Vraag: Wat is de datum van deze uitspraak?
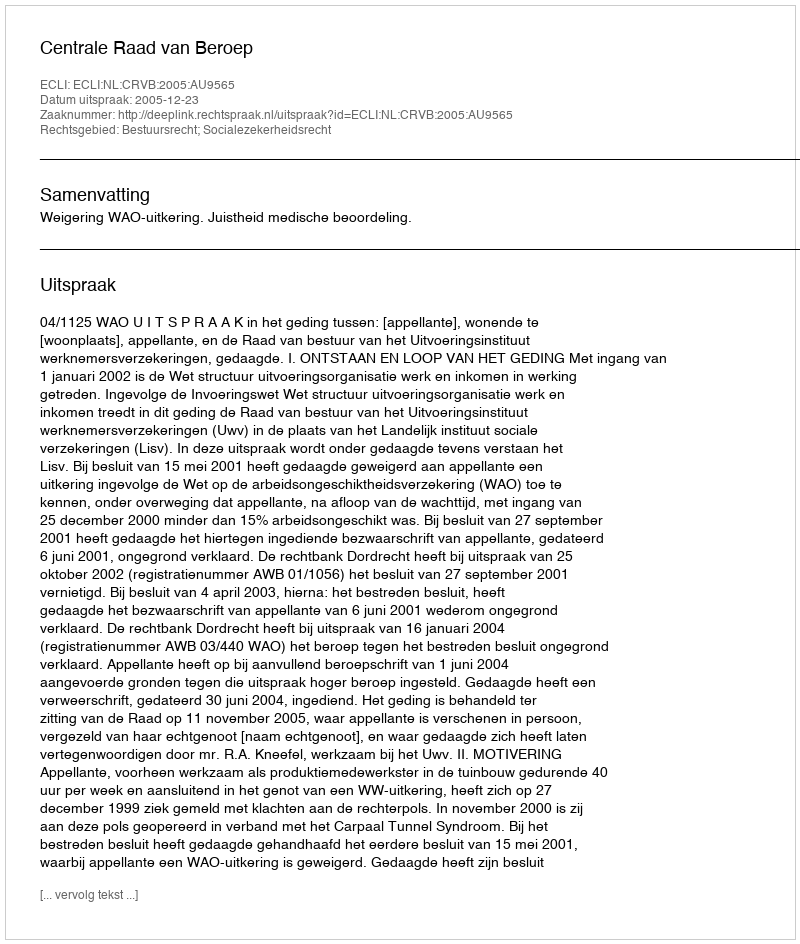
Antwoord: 2005-12-23